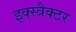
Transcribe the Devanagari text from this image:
इक्स्त्रैक्टर